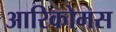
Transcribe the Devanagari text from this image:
आरिकोमस